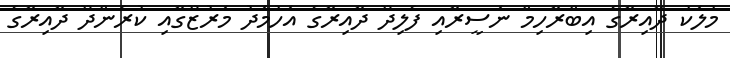
މުލަކު ދާއިރާގެ އިބްރާހިމް ނަސީރާއި ފެލިދޫ ދާއިރާގެ އަހުމަދު މަރުޒޫގާއި ކުރެންދޫ ދާއިރާގެ